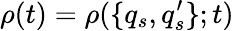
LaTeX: \rho(t)=\rho(\{ q_{s},q_{s}^{\prime}\} ;t)